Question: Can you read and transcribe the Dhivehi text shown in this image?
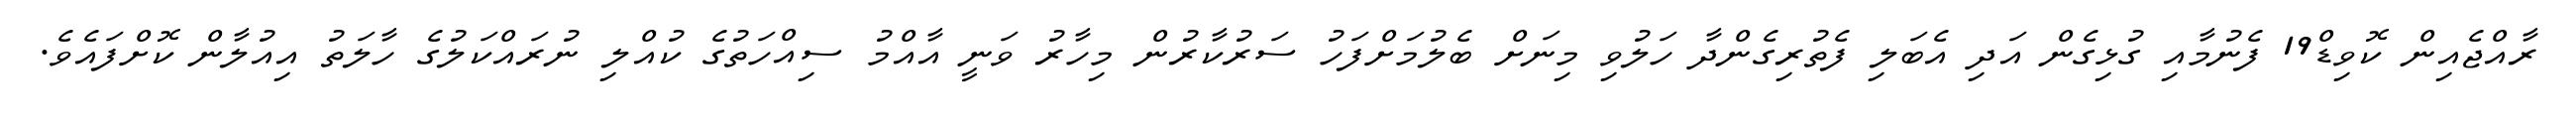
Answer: ރާއްޖެއިން ކޮވިޑް19 ފެނުމާއި ގުޅިގެން އަދި އެބަލި ފެތުރިގެންދާ ހަލުވި މިނަށް ބެލުމަށްފަހު ސަރުކާރުން މިހާރު ވަނީ އާއްމު ސިއްހަތުގެ ކުއްލި ނުރައްކަލުގެ ހާލަތު އިއުލާން ކޮށްފައެވެ.